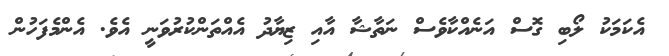
އެކަމަކު ލޯބި ގޮސް އަނެއްކާވެސް ނަތާޝާ އާއި ޒިޔާދު އެއްތަންކުރުވަނީ އެވެ. އެންމެފަހުން